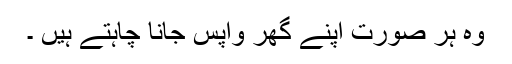
وہ ہر صورت اپنے گھر واپس جانا چاہتے ہیں ۔